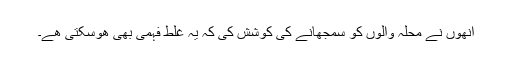
انھوں نے محلہ والوں کو سمجھانے کی کوشش کی کہ یہ غلط فہمی بھی ھوسکتی ھے۔